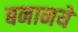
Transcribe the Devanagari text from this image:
बनानये